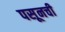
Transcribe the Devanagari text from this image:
पसूनची